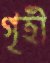
গৃহী